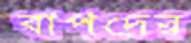
বাপদের